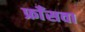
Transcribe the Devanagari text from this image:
फ्राँसवा